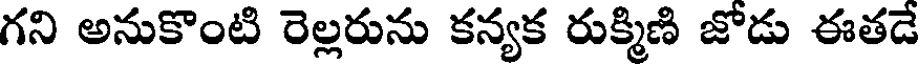
గని అనుకొంటి రెల్లరును కన్యక రుక్మిణి జోడు ఈతడే